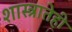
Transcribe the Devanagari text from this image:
शास्त्रातेही